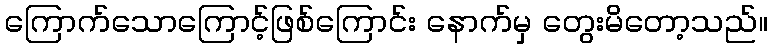
ကြောက်သောကြောင့်ဖြစ်ကြောင်း နောက်မှ တွေးမိတော့သည်။